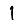
Digit: 1